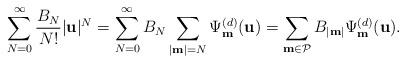
LaTeX: \begin{align*} \sum_{N=0}^{\infty} \frac{B_{N}}{N!}|\mathbf{u}|^{N} =\sum_{N=0}^{\infty} B_{N} \sum_{|\mathbf{m}|=N} \Psi _{\mathbf{m}}^{(d)}(\mathbf{u}) =\sum_{\mathbf{m} \in \mathcal{P}} B_{|\mathbf{m}|} \Psi _{\mathbf{m}}^{(d)}(\mathbf{u}). \end{align*}